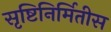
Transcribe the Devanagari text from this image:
सृष्टिनिर्मितीस